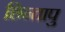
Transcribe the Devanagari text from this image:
छिन्तापु